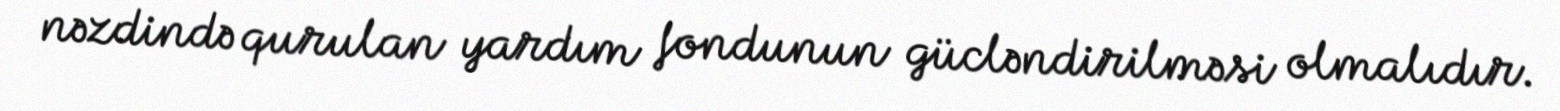
nəzdində qurulan yardım fondunun gücləndirilməsi olmalıdır.